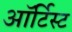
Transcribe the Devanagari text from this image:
ऑर्टिस्ट